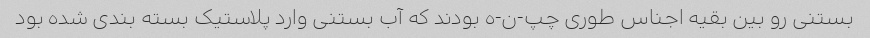
بستنی رو بین بقیه اجناس طوری چپ-ن-ه بودند که آب بستنی وارد پلاستیک بسته بندی شده بود